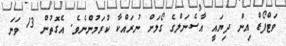
ވަޓްފޯޑް އިން ދިޔައީ އާސެނަލްގެ ގޯލަށް ނުރައްކާ ކުރަމުންނެވެ. އެގޮތުން 13 ވަނަ